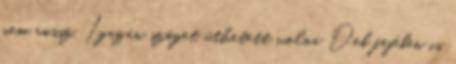
nem rossz. Igazán szöget üthetett volna Deb fejében is